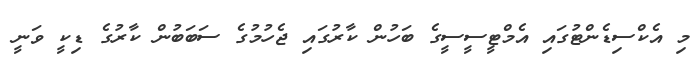
މި އެކްސިޑެންޓުގައި އެމްޓީސީސީގެ ބަހުން ކާރުގައި ޖެހުމުގެ ސަބަބުން ކާރުގެ ޑިކީ ވަނީ